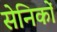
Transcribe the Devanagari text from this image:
सेनिकों